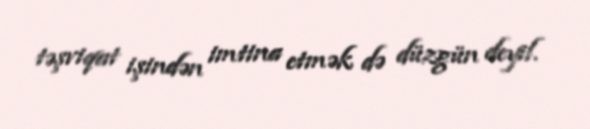
təşviqat işindən imtina etmək də düzgün deyil.